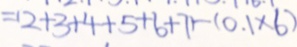
= ( 2 + 3 + 4 + 5 + 6 + 7 ) - ( 0 . 1 \times 6 )